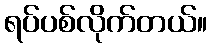
ရပ်ပစ်လိုက်တယ်။